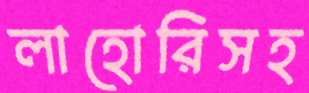
লাহোরিসহ